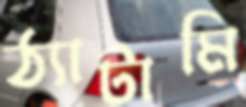
ঠ্যাটামি